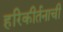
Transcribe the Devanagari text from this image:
हरिकीर्तनाची